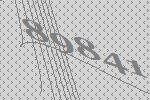
89841